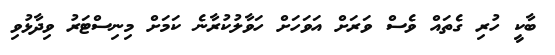
ބާކީ ހުރި ގެތައް ވެސް ވަރަށް އަވަހަށް ހަވާލުކުރާނެ ކަމަށް މިނިސްޓަރު ވިދާޅުވި